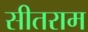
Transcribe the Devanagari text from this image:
सीतराम